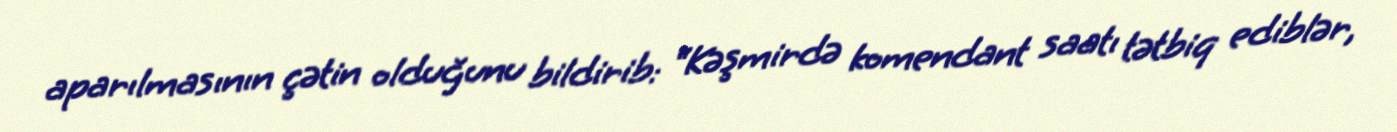
aparılmasının çətin olduğunu bildirib: “Kəşmirdə komendant saatı tətbiq ediblər,